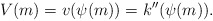
\begin{align*}V(m)=v(\psi(m))=k''(\psi(m)). \end{align*}